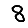
Digit: 8